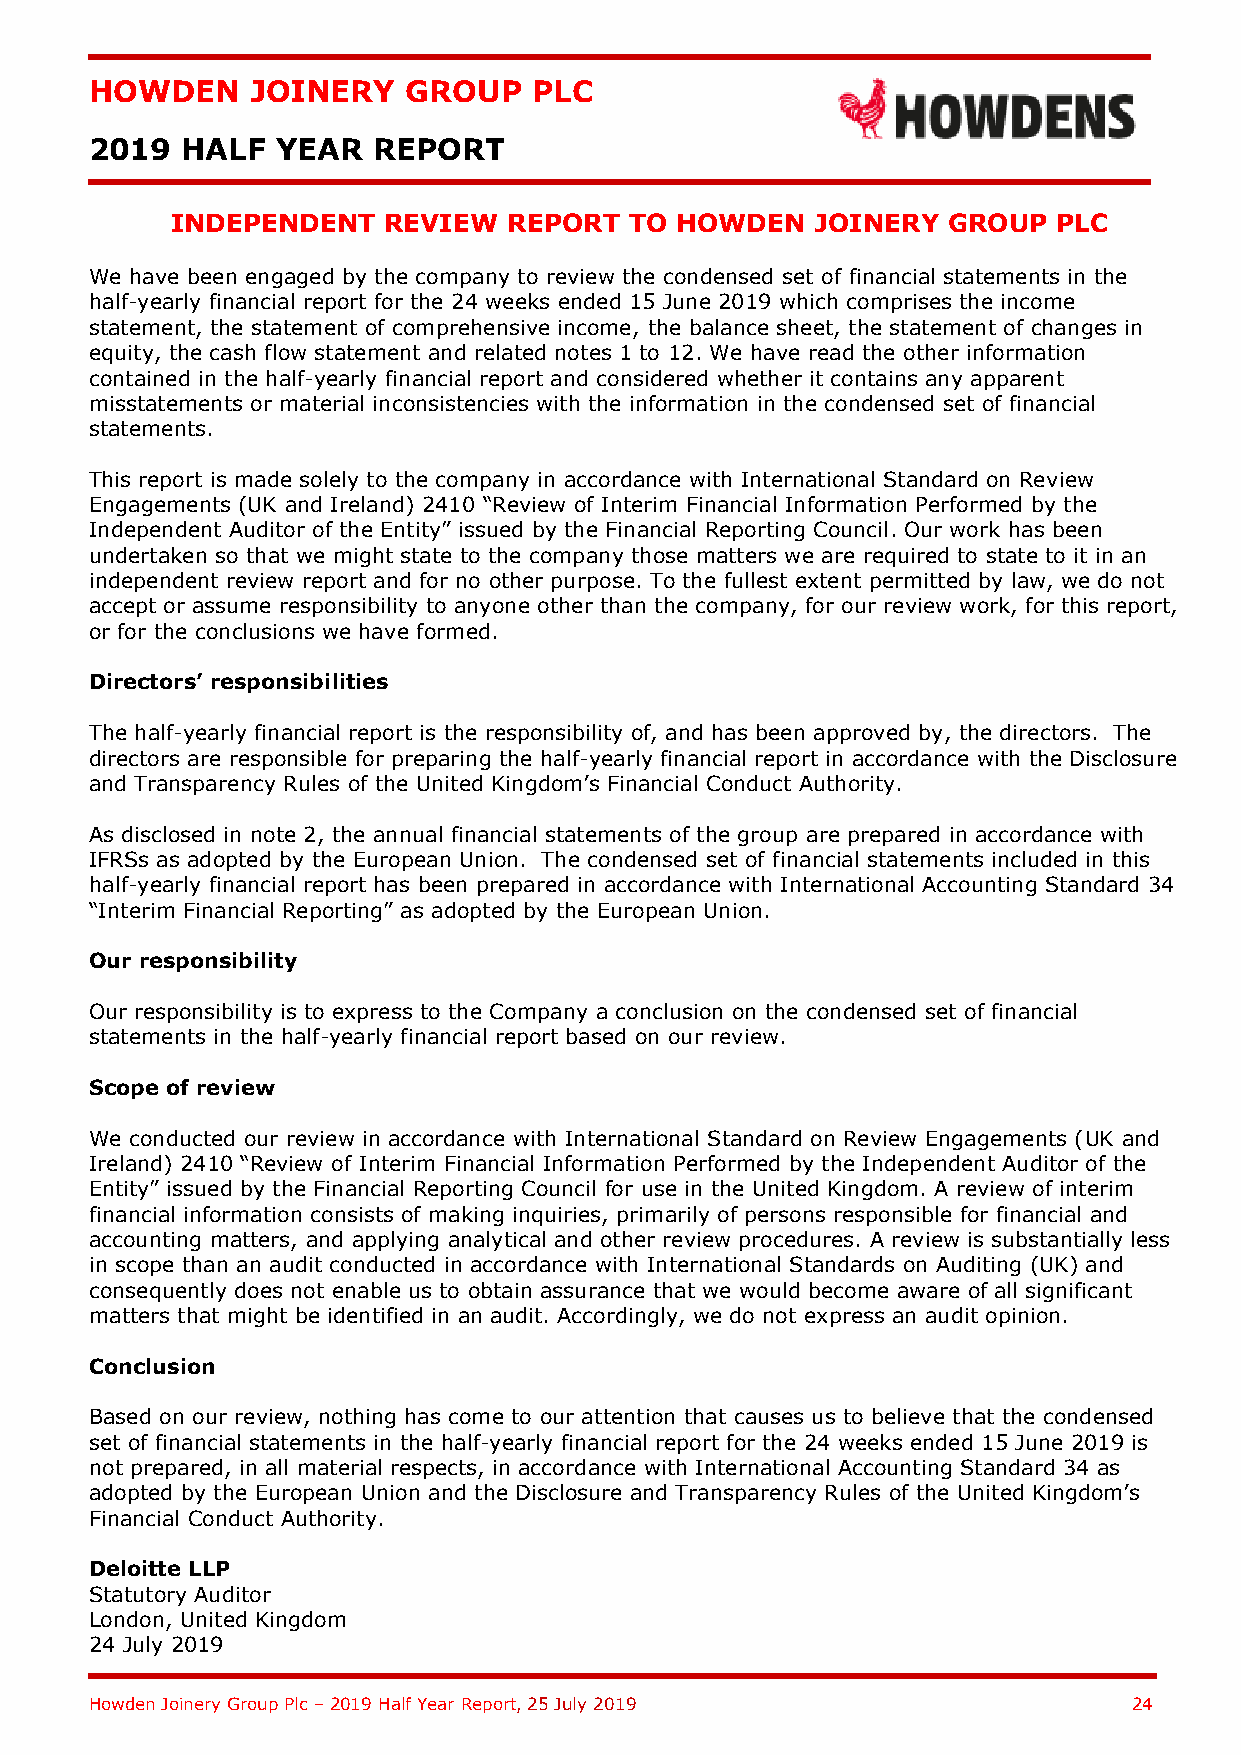
HOWDEN     JOINERY   GROUP   PLC
 2019  HALF  YEAR   REPORT
 INDEPENDENT   REVIEW   REPORT  TO HOWDEN   JOINERY  GROUP  PLC
 We have been engaged by the company to review the condensed set of financial statements in the
 half-yearly financial report for the 24 weeks ended 15 June 2019 which comprises the income
 statement, the statement of comprehensive income, the balance sheet, the statement of changes in
 equity, the cash flow statement and related notes 1 to 12. We have read the other information
 contained in the half-yearly financial report and considered whether it contains any apparent
 misstatements or material inconsistencies with the information in the condensed set of financial
 statements.
 This report is made solely to the company in accordance with International Standard on Review
 Engagements (UK and Ireland) 2410 “Review of Interim Financial Information Performed by the
 Independent Auditor of the Entity” issued by the Financial Reporting Council. Our work has been
 undertaken so that we might state to the company those matters we are required to state to it in an
 independent review report and for no other purpose. To the fullest extent permitted by law, we do not
 accept or assume responsibility to anyone other than the company, for our review work, for this report,
 or for the conclusions we have formed.
 Directors’ responsibilities
 The half-yearly financial report is the responsibility of, and has been approved by, the directors. The
 directors are responsible for preparing the half-yearly financial report in accordance with the Disclosure
 and Transparency Rules of the United Kingdom’s Financial Conduct Authority.
 As disclosed in note 2, the annual financial statements of the group are prepared in accordance with
 IFRSs as adopted by the European Union. The condensed set of financial statements included in this
 half-yearly financial report has been prepared in accordance with International Accounting Standard 34
 “Interim Financial Reporting” as adopted by the European Union.
 Our responsibility
 Our responsibility is to express to the Company a conclusion on the condensed set of financial
 statements in the half-yearly financial report based on our review.
 Scope of review
 We conducted our review in accordance with International Standard on Review Engagements (UK and
 Ireland) 2410 “Review of Interim Financial Information Performed by the Independent Auditor of the
 Entity” issued by the Financial Reporting Council for use in the United Kingdom. A review of interim
 financial information consists of making inquiries, primarily of persons responsible for financial and
 accounting matters, and applying analytical and other review procedures. A review is substantially less
 in scope than an audit conducted in accordance with International Standards on Auditing (UK) and
 consequently does not enable us to obtain assurance that we would become aware of all significant
 matters that might be identified in an audit. Accordingly, we do not express an audit opinion.
 Conclusion
 Based on our review, nothing has come to our attention that causes us to believe that the condensed
 set of financial statements in the half-yearly financial report for the 24 weeks ended 15 June 2019 is
 not prepared, in all material respects, in accordance with International Accounting Standard 34 as
 adopted by the European Union and the Disclosure and Transparency Rules of the United Kingdom’s
 Financial Conduct Authority.
 Deloitte LLP
 Statutory Auditor
 London, United Kingdom
 24 July 2019
 Howden Joinery Group Plc – 2019 Half Year Report, 25 July 2019       24